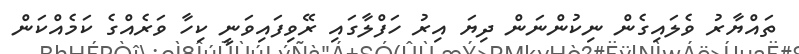
ތައްޔާރު ވެލައިގެން ނިކުންނަން ދިޔަ އިރު ހަފްލާގައި ރޭވިފައިވަނީ ކިހާ ވަރެއްގެ ކަމެއްކަން